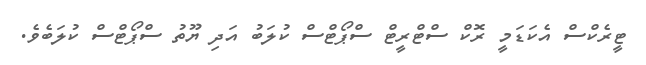
ޓީރެކްސް އެކަޑަމީ ރޮކް ސްޓްރީޓް ސްޕޯޓްސް ކުލަބު އަދި ޔޫތު ސްޕޯޓްސް ކުލަބެވެ.